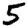
Digit: 5